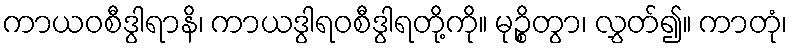
ကာယဝစီဒွါရာနိ၊ ကာယဒွါရဝစီဒွါရတို့ကို။ မုဉ္စိတွာ၊ လွှတ်၍။ ကာတုံ၊